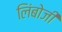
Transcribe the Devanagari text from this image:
लिंबोजी